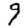
Digit: 9